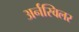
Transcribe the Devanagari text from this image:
अर्नस्विलर